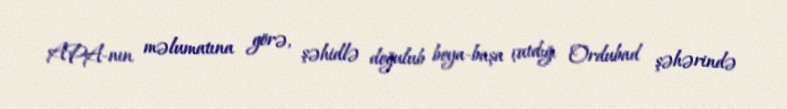
APA-nın məlumatına görə, şəhidlə doğulub boya-başa çatdığı Ordubad şəhərində